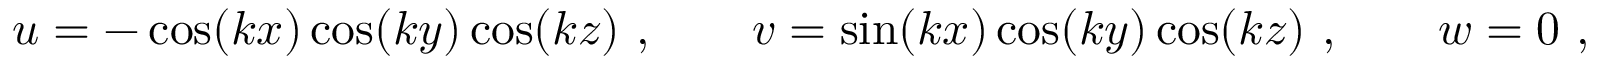
\begin{array} { r } { u = - \cos ( k x ) \cos ( k y ) \cos ( k z ) \ , \qquad v = \sin ( k x ) \cos ( k y ) \cos ( k z ) \ , \qquad w = 0 \ , } \end{array}